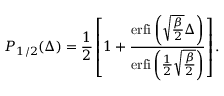
P _ { 1 / 2 } ( \Delta ) = \frac { 1 } { 2 } \left[ 1 + \frac { \mathrm { e r f i } \left( \sqrt { \frac { \beta } { 2 } } \Delta \right) } { \mathrm { e r f i } \left( \frac { 1 } { 2 } \sqrt { \frac { \beta } { 2 } } \right) } \right] .